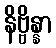
နိဗ္ဗိန္နာ